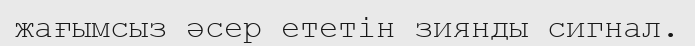
жағымсыз әсер ететін зиянды сигнал.